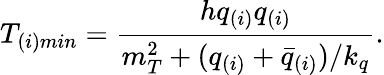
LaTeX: T_{(i)min}={\frac{hq_{(i)}q_{(i)}}{m_{T}^{2}+(q_{(i)}+\bar{q}_{(i)})/k_{q}}}.